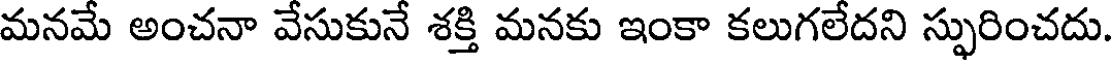
మనమే అంచనా వేసుకునే శక్తి మనకు ఇంకా కలుగలేదని స్ఫురించదు.